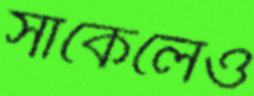
সার্কেলেও